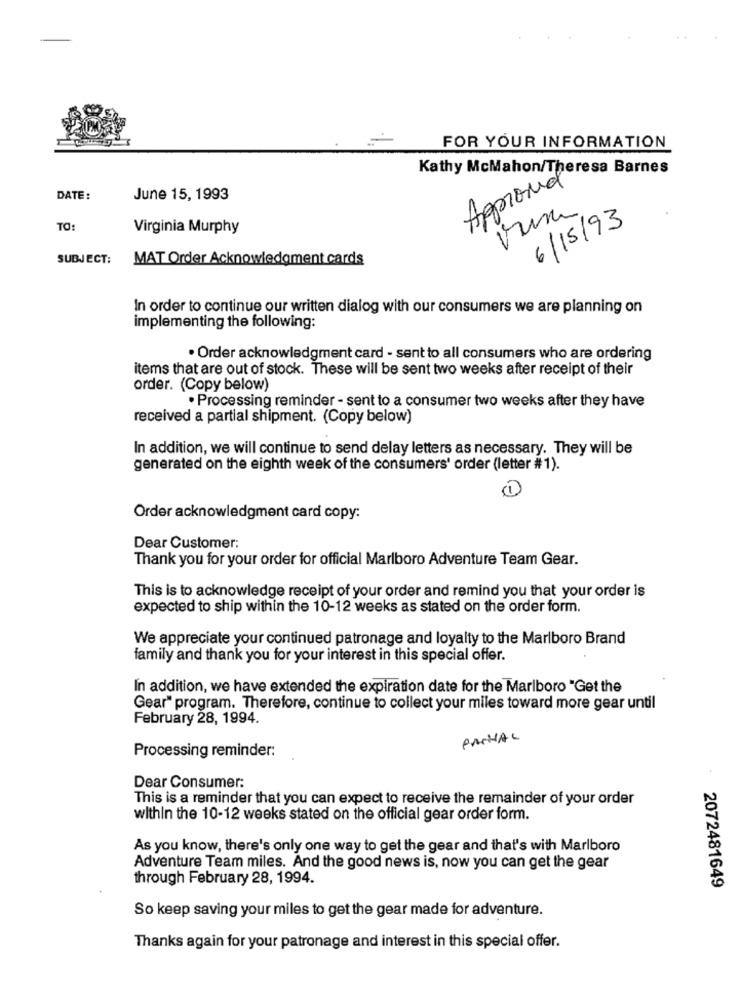
FOR YOUR INFORMATION
Kathy McMahon/Theresa Barnes
Approved
DATE:
June 15, 1993
6/15/93
TO
Virginia Murphy
SUBJECT:
MAT Order Acknowledgment cards
In order to continue our written dialog with our consumers we are planning on
implementing the following:
· Order acknowledgment card - sent to all consumers who are ordering
items that are out of stock. These will be sent two weeks after receipt of their
order. (Copy below)
· Processing reminder - sent to a consumer two weeks after they have
received a partial shipment. (Copy below)
In addition, we will continue to send delay letters as necessary. They will be
generated on the eighth week of the consumers' order (letter #1).
Order acknowledgment card copy:
Dear Customer:
Thank you for your order for official Marlboro Adventure Team Gear.
This is to acknowledge receipt of your order and remind you that your order is
expected to ship within the 10-12 weeks as stated on the order form.
We appreciate your continued patronage and loyalty to the Marlboro Brand
family and thank you for your interest in this special offer.
In addition, we have extended the expiration date for the Marlboro "Get the
Gear" program. Therefore, continue to collect your miles toward more gear until
February 28, 1994.
PARHAL
Processing reminder:
Dear Consumer:
This is a reminder that you can expect to receive the remainder of your order
within the 10-12 weeks stated on the official gear order form.
As you know, there's only one way to get the gear and that's with Marlboro
Adventure Team miles. And the good news is, now you can get the gear
through February 28, 1994.
2072481649
So keep saving your miles to get the gear made for adventure.
Thanks again for your patronage and interest in this special offer.